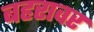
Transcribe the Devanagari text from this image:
बहरावर